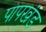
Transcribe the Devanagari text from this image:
पापखंड